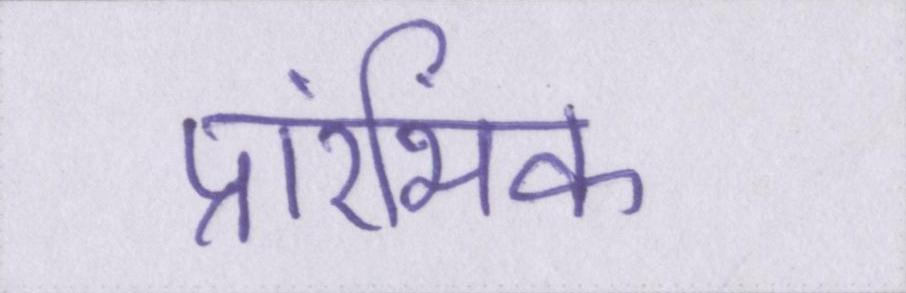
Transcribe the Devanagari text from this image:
प्रारंभिक